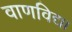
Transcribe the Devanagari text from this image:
वाणविद्या